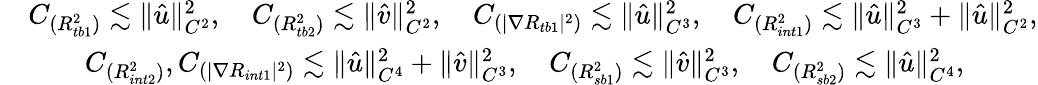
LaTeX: \begin{array}{rl}&{C_{({R_{tb1}^{2}})}\lesssim\| \hat{u}\| _{C^{2}}^{2},\quad C_{({R_{tb2}^{2}})}\lesssim\| \hat{v}\| _{C^{2}}^{2},\quad C_{(|\nabla R_{tb1}|^{2})}\lesssim\| \hat{u}\| _{C^{3}}^{2},\quad C_{({R_{int1}^{2}})}\lesssim\| \hat{u}\| _{C^{3}}^{2}+\| \hat{u}\| _{C^{2}}^{2},}\\ &{\qquad C_{(R_{int2}^{2})},C_{(|\nabla R_{int1}|^{2})}\lesssim\| \hat{u}\| _{C^{4}}^{2}+\| \hat{v}\| _{C^{3}}^{2},\quad C_{({R_{sb1}^{2}})}\lesssim\| \hat{v}\| _{C^{3}}^{2},\quad C_{({R_{sb2}^{2}})}\lesssim\| \hat{u}\| _{C^{4}}^{2},}\end{array}